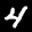
Label: 4